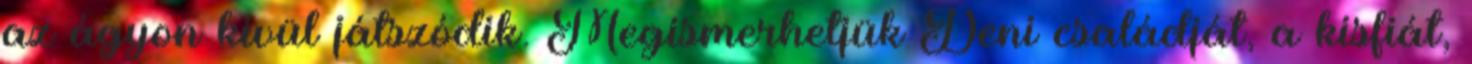
az ágyon kívül játszódik. Megismerhetjük Deni családját, a kisfiát,